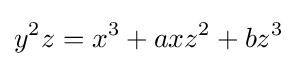
y^{2}z=x^{3}+axz^{2}+bz^{3}